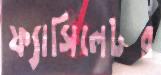
ফ্যাসিলেটর